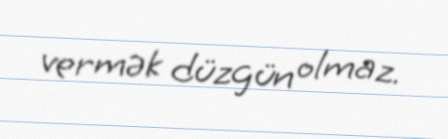
vermək düzgün olmaz.